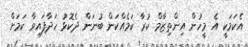
އެކަމަކީ އެ މީހުން އިންތިޒާމް ކުރާ ކަމެއްކަން ބުނަން ދެކޮޅު ހަދާފައިވާ ކަމަށް